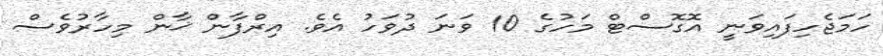
ހަމަޖެހިފައިވަނީ އޮގޮސްޓް މަހުގެ 10 ވަނަ ދުވަހު އެވެ. އިރްފާން ޚާން މިހާރުވެސް